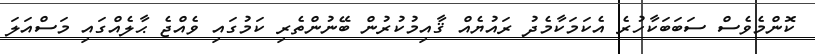
ކޮންމެވެސް ސަބަބަކާހުރެ އެކަމަކާމެދު ރައުޔެއް ޤާއިމުކުރުން ބޭނުންތެރި ކަމުގައި ވެއްޖެ ޙާލެއްގައި މަސްއަލަ